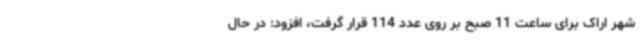
شهر اراک برای ساعت 11 صبح بر روی عدد 114 قرار گرفت، افزود: در حال